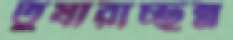
তুষারাচ্ছন্ন